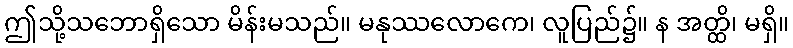
ဤသို့သဘောရှိသော မိန်းမသည်။ မနုဿလောကေ၊ လူပြည်၌။ န အတ္ထိ၊ မရှိ။